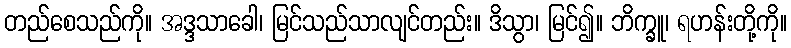
တည်စေသည်ကို။ အဒ္ဒသာခေါ၊ မြင်သည်သာလျင်တည်း။ ဒိသွာ၊ မြင်၍။ ဘိက္ခူ၊ ရဟန်းတို့ကို။